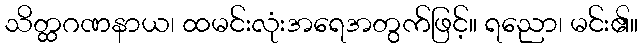
သိတ္ထဂဏနာယ၊ ထမင်းလုံးအရေအတွက်ဖြင့်။ ရညော၊ မင်း၏။